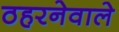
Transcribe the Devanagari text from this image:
ठहरनेवाले